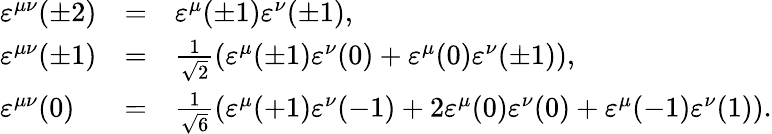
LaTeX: \begin{array}{lcl}{{\varepsilon^{\mu\nu}(\pm 2)}}&{{=}}&{{\varepsilon^{\mu}(\pm 1)\varepsilon^{\nu}(\pm 1),}}\\ {{\varepsilon^{\mu\nu}(\pm 1)}}&{{=}}&{{\frac{1}{\sqrt{2}}\left(\varepsilon^{\mu}(\pm 1)\varepsilon^{\nu}(0)+\varepsilon^{\mu}(0)\varepsilon^{\nu}(\pm 1)\right),}}\\ {{\varepsilon^{\mu\nu}(0)}}&{{=}}&{{\frac{1}{\sqrt{6}}\left(\varepsilon^{\mu}(+1)\varepsilon^{\nu}(-1)+2\varepsilon^{\mu}(0)\varepsilon^{\nu}(0)+\varepsilon^{\mu}(-1)\varepsilon^{\nu}(1)\right).}}\end{array}